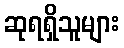
ဆုရရှိသူများ